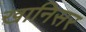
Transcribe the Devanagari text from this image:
खानिसर